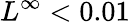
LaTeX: L^{\infty}<0.01